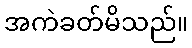
အကဲခတ်မိသည်။